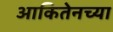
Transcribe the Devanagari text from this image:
आकितेनच्या